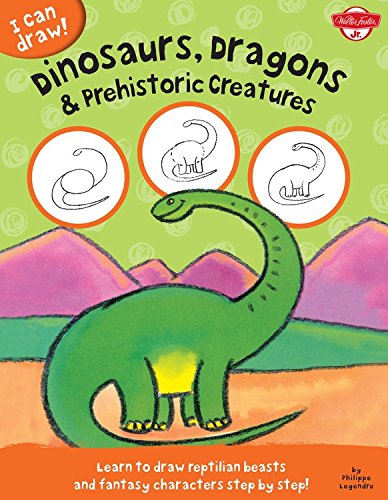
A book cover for I Can Draw Dinosaurs, Dragons & Prehistoric Creatures: Learn to Draw Reptilian Beasts and Fantasy Characters Step by Step!; Philippe Legendre; Children's Books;